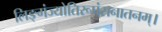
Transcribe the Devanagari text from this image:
लिङ्गंज्योतिरूपंसनातनम्।